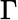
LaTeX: \displaystyle\Gamma